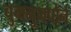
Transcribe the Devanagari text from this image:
चुमनुमपोर्न